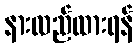
နားလည်ထားရန်